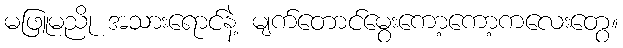
မဖြူမညို အသားရောင်နဲ့ မျက်တောင်မွေးကော့ကော့ကလေးတွေ။